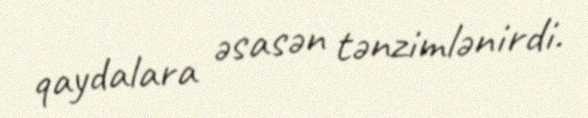
qaydalara əsasən tənzimlənirdi.